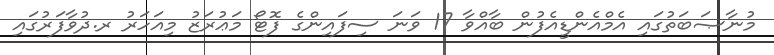
މުނާޞަބަތުގައި އެމްއެންޑީއެފުން ބާއްވާ 17 ވަނަ ސިފައިންގެ ފޮޓޯ މަޢުރަޒު މިއަހަރު ރ.ދުވާފަރުގައި